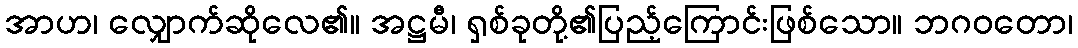
အာဟ၊ လျှောက်ဆိုလေ၏။ အဋ္ဌမီ၊ ရှစ်ခုတို့၏ပြည့်ကြောင်းဖြစ်သော။ ဘဂဝတော၊